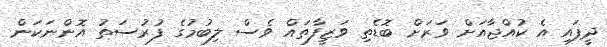
ދީފައި އެ ކުއްޖާއަށް ވަރަށް ބޮޑެތި ވަޒީފާތައް ވެސް ލިބުމުގެ ފުރުސަތު އޮންނަކަން